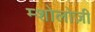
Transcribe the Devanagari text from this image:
म्शोलोज़ी